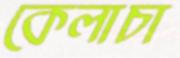
কেলাচা